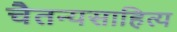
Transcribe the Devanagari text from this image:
चैतन्यसाहित्य